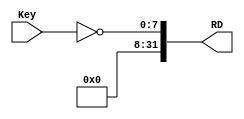
`timescale 1ns / 1ps
module Key_Driver(RD,
						Key);
	
	// cpu
	output [31:0] RD;
	
	// 
	input [7:0] Key;				// Use key botton (reset)
	
	
	assign RD = {24'b0,~Key[7:0]};

endmodule

module Switch_Driver(Addr,RD,
							Switch0,Switch1,Switch2,Switch3,Switch4,Switch5,Switch6,Switch7);
		
	// CPU
	input Addr;
	output [31:0] RD;
	
	// 
	input [7:0] Switch0;			// Switch botton
	input [7:0] Switch1;			// Switch botton
	input [7:0] Switch2;			// Switch botton
	input [7:0] Switch3;			// Switch botton
	input [7:0] Switch4;			// Switch botton
	input [7:0] Switch5;			// Switch botton	
	input [7:0] Switch6;			// Switch botton
	input [7:0] Switch7;			// Switch botton
	
	wire [31:0] rd_switch0,rd_switch1;
	
	assign RD = (Addr==0)?rd_switch0:rd_switch1;
	
	assign rd_switch0 = ~{Switch3[7:0],Switch2[7:0],Switch1[7:0],Switch0[7:0]};
	assign rd_switch1 = ~{Switch7[7:0],Switch6[7:0],Switch5[7:0],Switch4[7:0]};

endmodule